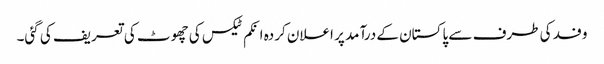
وفد کی طرف سے پاکستان کے درآمد پر اعلان کردہ انکم ٹیکس کی چھوٹ کی تعریف کی گئی۔